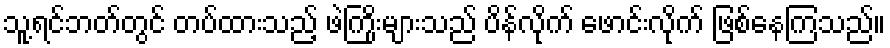
သူ့ရင်ဘတ်တွင် တပ်ထားသည့် ဖဲကြိုးများသည် ပိန်လိုက် ဖောင်းလိုက် ဖြစ်နေကြသည်။